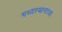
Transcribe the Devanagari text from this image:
मध्यस्थानाच्या